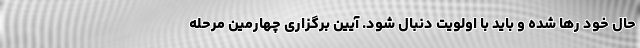
حال خود رها شده و باید با اولویت دنبال شود. آیین برگزاری چهارمین مرحله